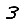
Digit: 3